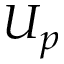
U _ { p }